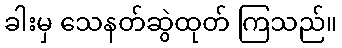
ခါးမှ သေနတ်ဆွဲထုတ် ကြသည်။